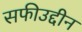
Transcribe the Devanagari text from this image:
सफीउद्दीन